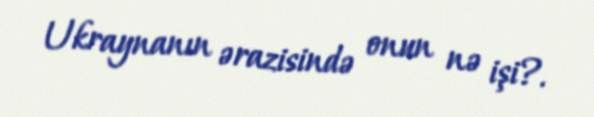
Ukraynanın ərazisində onun nə işi?.